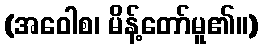
(အဝေါစ၊ မိန့်တော်မူ၏။)